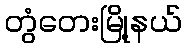
တွံတေးမြို့နယ်